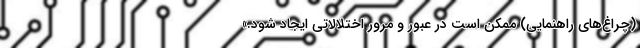
(چراغ‌های راهنمایی) ممکن است در عبور و مرور اختلالاتی ایجاد شود.»